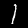
Label: 1